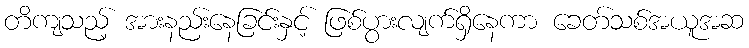
တိကျသည့် အားနည်းနေခြင်းနှင့် ဖြစ်ပွားလျက်ရှိနေကာ ခေတ်သစ်အယူအဆ